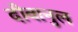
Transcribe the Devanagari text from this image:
दीवानुल